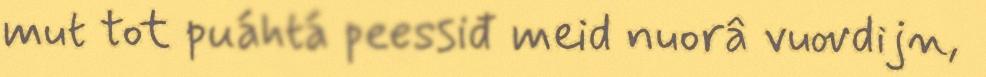
mut tot puáhtá peessiđ meid nuorâ vuovdijn,